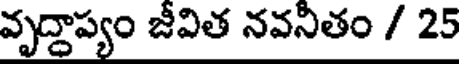
వృద్దాప్యం జీవిత నవనితం / 25